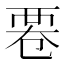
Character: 䙴